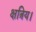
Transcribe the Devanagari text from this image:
क्षत्रिय।